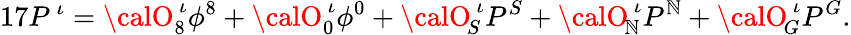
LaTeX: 17P^{\, \iota}={\calO}_{8}^{\, \iota}\phi^{8}+{\calO}_{0}^{\, \iota}\phi^{0}+{\calO}_{\! S}^{\, \iota}P^{S}+{\calO}_{\! \mathbb{N}}^{\, \iota}P^{\mathbb{N}}+{\calO}_{\! G}^{\, \iota}P^{G}.